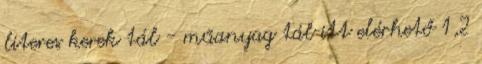
literes kerek tál - műanyag tál itt elérhető 1,2